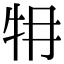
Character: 𤘟